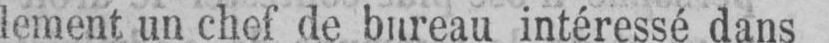
lement un chef de bureau intéressé dans